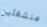
منشغلين